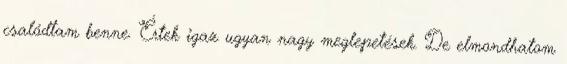
csalódtam benne. Értek igaz ugyan nagy meglepetések. De elmondhatom